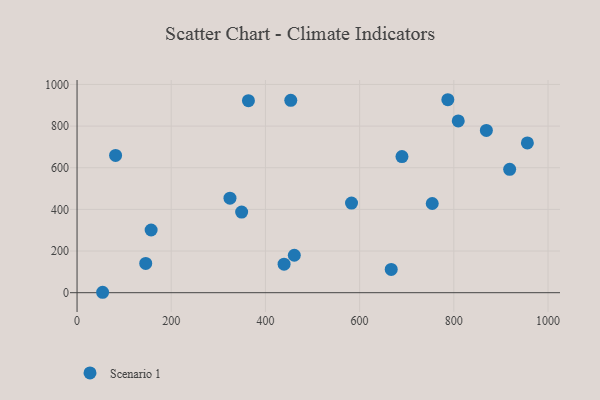
{"axis": {"x": "Engine Size", "y": "Salary"}, "legend": ["Scenario 1"], "data": [{"x": "582.8", "y": 430.5, "type": "Scenario 1"}, {"x": "54.3", "y": 2.0, "type": "Scenario 1"}, {"x": "363.9", "y": 922.3, "type": "Scenario 1"}, {"x": "787.3", "y": 926.7, "type": "Scenario 1"}, {"x": "453.8", "y": 924.0, "type": "Scenario 1"}, {"x": "157.3", "y": 301.1, "type": "Scenario 1"}, {"x": "461.3", "y": 179.7, "type": "Scenario 1"}, {"x": "324.7", "y": 454.1, "type": "Scenario 1"}, {"x": "349.5", "y": 387.1, "type": "Scenario 1"}, {"x": "145.8", "y": 140.7, "type": "Scenario 1"}, {"x": "918.6", "y": 592.6, "type": "Scenario 1"}, {"x": "439.6", "y": 137.1, "type": "Scenario 1"}, {"x": "869.1", "y": 779.5, "type": "Scenario 1"}, {"x": "809.4", "y": 824.9, "type": "Scenario 1"}, {"x": "81.8", "y": 659.1, "type": "Scenario 1"}, {"x": "689.9", "y": 653.9, "type": "Scenario 1"}, {"x": "754.2", "y": 428.4, "type": "Scenario 1"}, {"x": "956.2", "y": 719.2, "type": "Scenario 1"}, {"x": "667.1", "y": 111.5, "type": "Scenario 1"}]}